Calcutta medical institutions reports 1879-81 [i.e.91]
Year: 1879
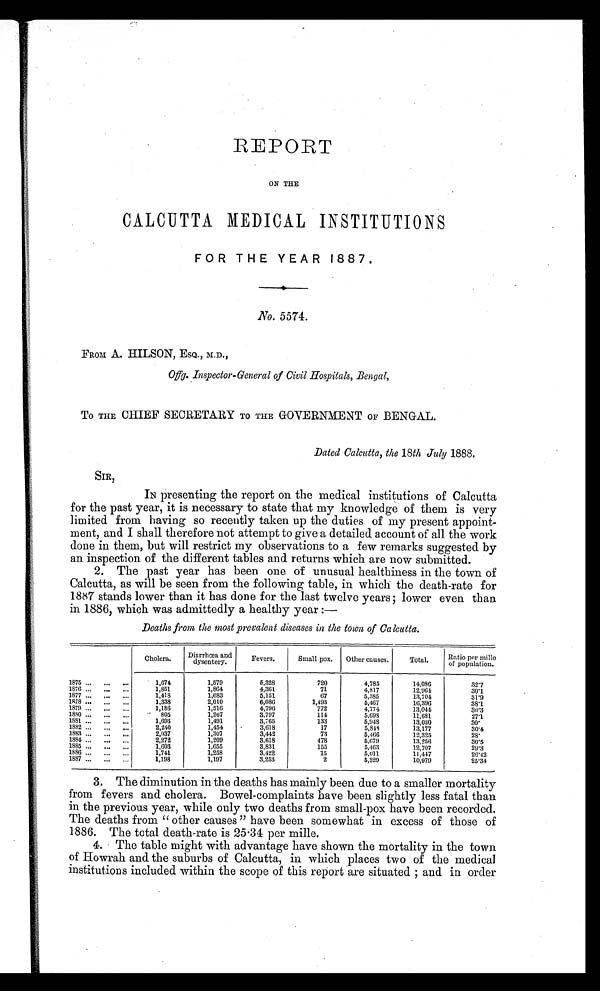
REPORT
ON THE
CALCUTTA MEDICAL INSTITUTIONS
FOR THE YEAR 1887.
No. 5574.
FROM A. HILSON, ESQ., M.D.,
Offg. Inspector-General of Civil Hospitals, Bengal,
To THE CHIEF SECRETARY TO THE GOVERNMENT OF BENGAL.
Dated Calcutta, the 18th July 1888.
SIR,
IN presenting the report on the medical institutions of Calcutta
for the past year, it is necessary to state that my knowledge of them is very
limited from having so recently taken up the duties of my present appoint
-ment, and I shall therefore not attempt to give a detailed account of all the work
done in them, but will restrict my observations to a few remarks suggested by
an inspection of the different tables and returns which are now submitted.
2. The past year has been one of unusual healthiness in the town of
Calcutta, as will be seen from the following table, in which the death-rate for
1887 stands lower than it has done for the last twelve years; lower even than
in 1886, which was admittedly a healthy year :—
Deaths from the most prevalent diseases in the town of Calcutta.
Cholera.
Diarrhœa and
dysentery.
Fevers.
Small-pox.
Other causes.
Total.
Ratio per mille
of population.
1875 ...
...
...
1,674
1,579
5,328
720
4,785
14,086
32.7
1876 ...
...
...
1,851
1,864
4,361
71
4,817
12, 964
30.1
1877 ...
...
1,418
1,683
5,151
67
5,385
13, 704
31.9
1878 „.
„.
...
1,338
2,010
6,086
1, 495
5,467
16, 396
38.1
1879 ...
...
...
1, 186
1,516
4,796
7 7 2
4,774
13, 044
30.3
1880 ...
...
...
805
1,267
3,797
114
5,698
11,681
27.1
1881 ...
...
1,693
1,491
3,765
133
5,948
13,030
3 0 .
1882 ...
...
...
2,240
1,454
3,618
17
5,848
13,177
30.4
1883 ...
...
2,037
1 , 3 0 7
3, 442
73
5,466
12,325
2 8 .
1884 ...
...
...
2, 272
1,209
3,618
478
5,679
13,256
3 0 . 5
1885 ...
...
1,603
1,655
3,831
155
5,463
12,707
29.3
1886 ...
...
...
1,741
1,258
3,422
15
5,011
11,447
26.42
1887 ...
...
...
1,198
1,197
3,253
2
5,329
10,979
25.34
3. The diminution in the deaths has mainly been due to a smaller mortality
from fevers and cholera. Bowel-complaints have been slightly less fatal than
in the previous year, while only two deaths from small-pox have been recorded.
The deaths from " other causes " have been somewhat in excess of those of
1886. The total death-rate is 25.34 per mille.
4. The table might with advantage have shown the mortality in the town
of Howrah and the suburbs of Calcutta, in which places two of the medical
institutions included within the scope of this report are situated and in order